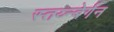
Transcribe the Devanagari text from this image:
स्तय्न्बेर्गन